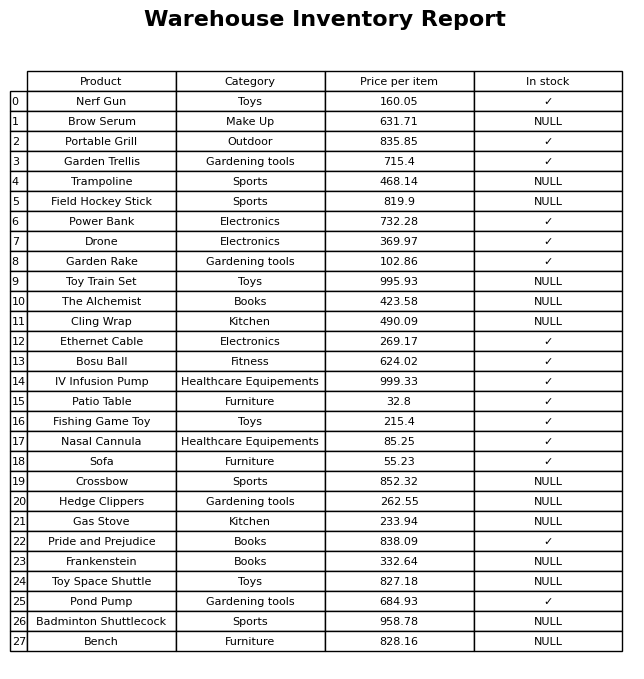
question: What is the price for Sofa?
answer: The price of Sofa is 55.23.